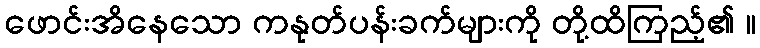
ဖောင်းအိနေသော ကနုတ်ပန်းခက်များကို တို့ထိကြည့်၏ ။